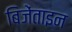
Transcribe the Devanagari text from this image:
बिजेंताइन